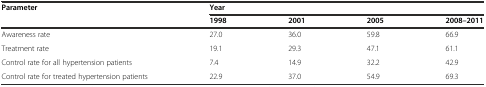
<table><thead><tr><td rowspan="2"><b>Parameter</b></td><td colspan="4"><b>Year</b></td></tr><tr><td><b>1998</b></td><td><b>2001</b></td><td><b>2005</b></td><td><b>2008–2011</b></td></tr></thead><tbody><tr><td>Awareness rate</td><td>27.0</td><td>36.0</td><td>59.8</td><td>66.9</td></tr><tr><td>Treatment rate</td><td>19.1</td><td>29.3</td><td>47.1</td><td>61.1</td></tr><tr><td>Control rate for all hypertension patients</td><td>7.4</td><td>14.9</td><td>32.2</td><td>42.9</td></tr><tr><td>Control rate for treated hypertension patients</td><td>22.9</td><td>37.0</td><td>54.9</td><td>69.3</td></tr></tbody></table>